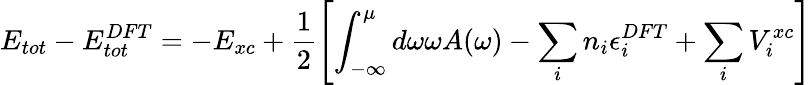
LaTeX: E_{tot}-E_{tot}^{DFT}=-E_{xc}+\frac 12\left[\int_{-\infty}^{\mu}d\omega\omega A(\omega)-\sum_{i}n_{i}\epsilon_{i}^{DFT}+\sum_{i}V_{i}^{xc}\right]